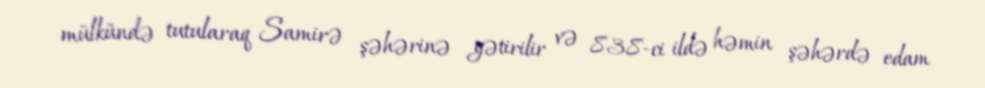
mülkündə tutularaq Samirə şəhərinə gətirilir və 838-ci ildə həmin şəhərdə edam